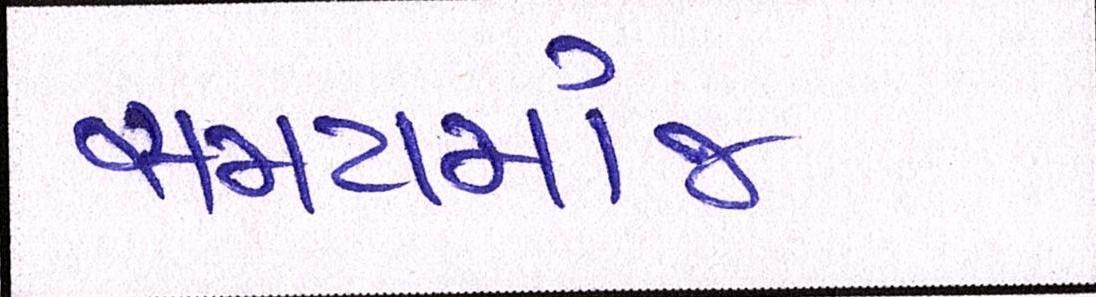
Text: સમયમાંજ